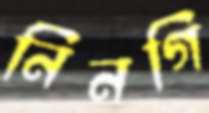
নিনগি